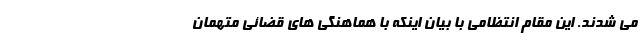
می شدند. این مقام انتظامی با بیان اینکه با هماهنگی های قضائی متهمان